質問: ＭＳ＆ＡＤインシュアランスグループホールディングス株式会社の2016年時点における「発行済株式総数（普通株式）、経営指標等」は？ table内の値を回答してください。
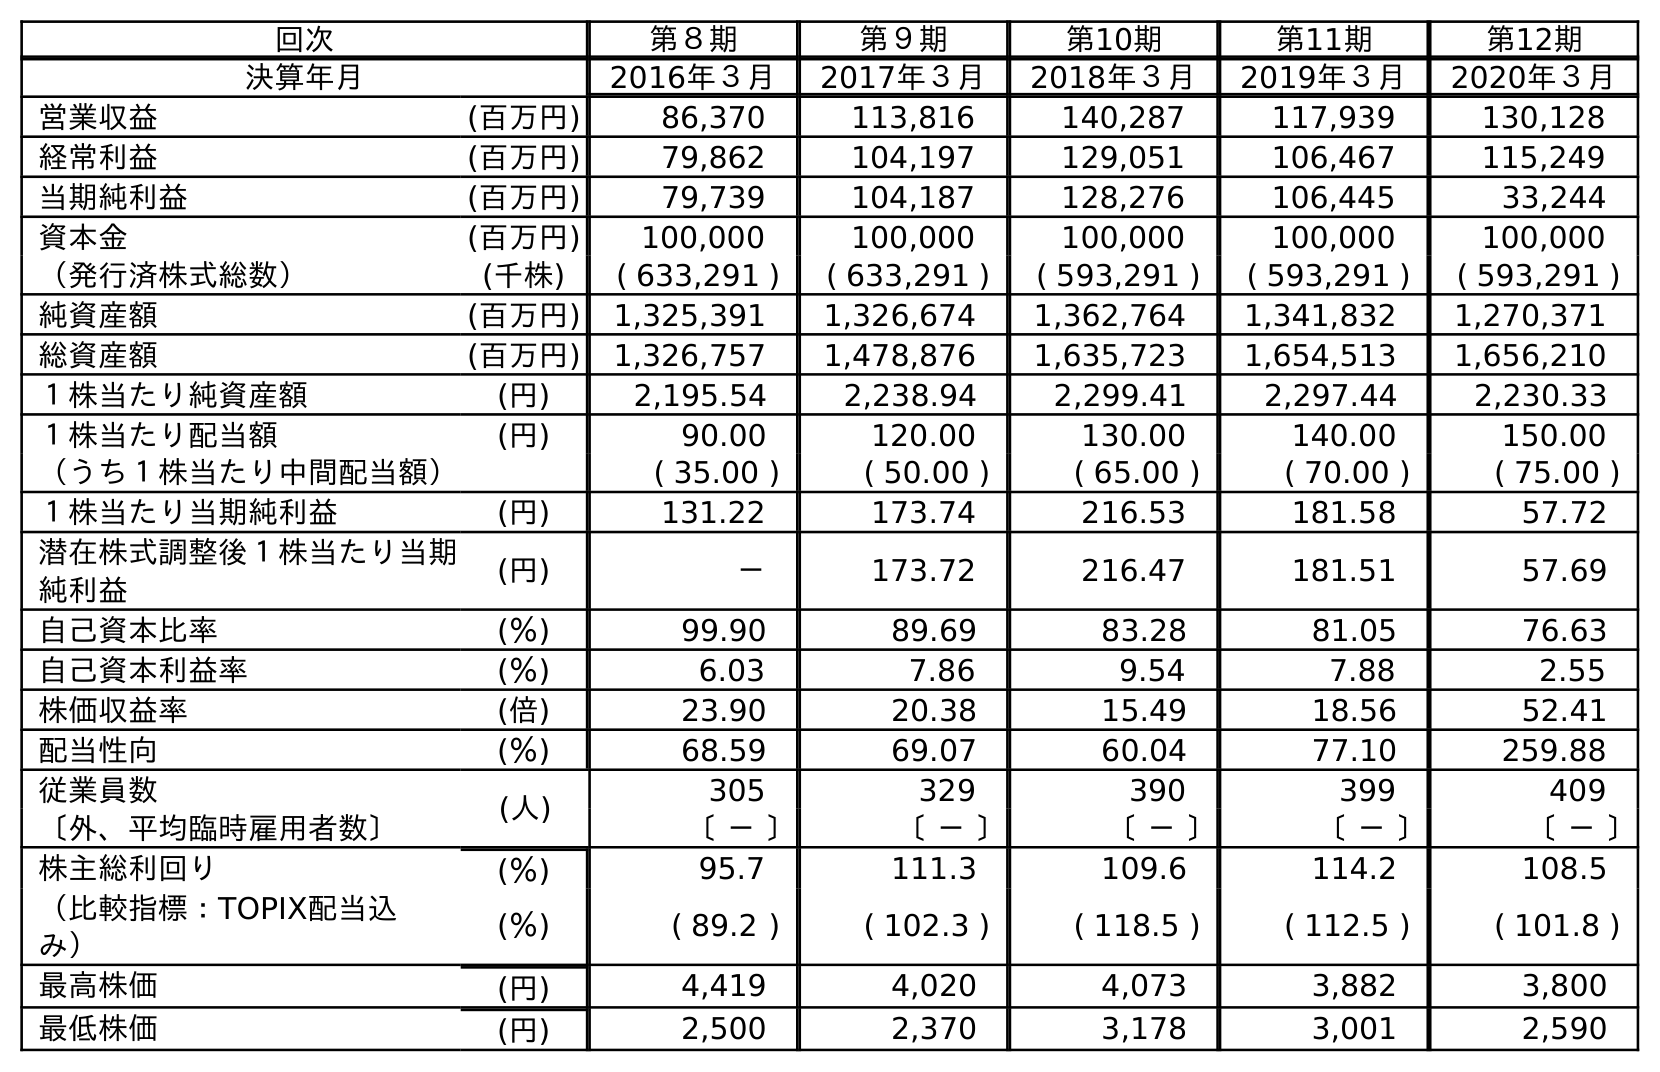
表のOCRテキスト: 回次 第８期 第９期 第10期 第11期 第12期 決算年月 2016年３月 2017年３月 2018年３月 2019年３月 2020年３月 営業収益 (百万円) 86,370 113,816 140,287 117,939 130,128 経常利益 (百万円) 79,862 104,197 129,051 106,467 115,249 当期純利益 (百万円) 79,739 104,187 128,276 106,445 33,244 資本金 (百万円) 100,000 100,000 100,000 100,000 100,000 （発行済株式総数） (千株) ( 633,291 ) ( 633,291 ) ( 593,291 ) ( 593,291 ) ( 593,291 ) 純資産額 (百万円) 1,325,391 1,326,674 1,362,764 1,341,832 1,270,371 総資産額 (百万円) 1,326,757 1,478,876 1,635,723 1,654,513 1,656,210 １株当たり純資産額 (円) 2,195.54 2,238.94 2,299.41 2,297.44 2,230.33 １株当たり配当額 (円) 90.00 120.00 130.00 140.00 150.00 （うち１株当たり中間配当額） ( 35.00 ) ( 50.00 ) ( 65.00 ) ( 70.00 ) ( 75.00 ) １株当たり当期純利益 (円) 131.22 173.74 216.53 181.58 57.72 潜在株式調整後１株当たり当期 純利益 (円) － 173.72 216.47 181.51 57.69 自己資本比率 (％) 99.90 89.69 83.28 81.05 76.63 自己資本利益率 (％) 6.03 7.86 9.54 7.88 2.55 株価収益率 (倍) 23.90 20.38 15.49 18.56 52.41 配当性向 (％) 68.59 69.07 60.04 77.10 259.88 従業員数 (人) 305 329 390 399 409 〔外、平均臨時雇用者数〕 〔 － 〕 〔 － 〕 〔 － 〕 〔 － 〕 〔 － 〕 株主総利回り (％) 95.7 111.3 109.6 114.2 108.5 （比較指標：TOPIX配当込 み） (％) ( 89.2 ) ( 102.3 ) ( 118.5 ) ( 112.5 ) ( 101.8 ) 最高株価 (円) 4,419 4,020 4,073 3,882 3,800 最低株価 (円) 2,500 2,370 3,178 3,001 2,590
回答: (633,291)